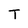
Character: T